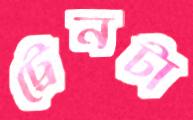
ট্রেনটা